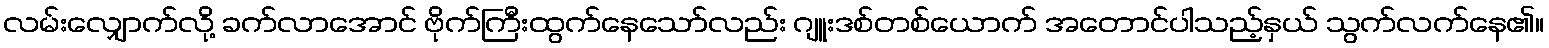
လမ်းလျှောက်လို့ ခက်လာအောင် ဗိုက်ကြီးထွက်နေသော်လည်း ဂျူးဒစ်တစ်ယောက် အတောင်ပါသည့်နှယ် သွက်လက်နေ၏။